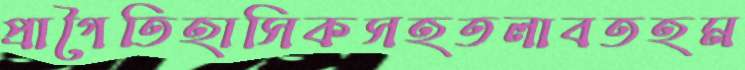
প্রাগৈতিহাসিকসহতলাবতহম